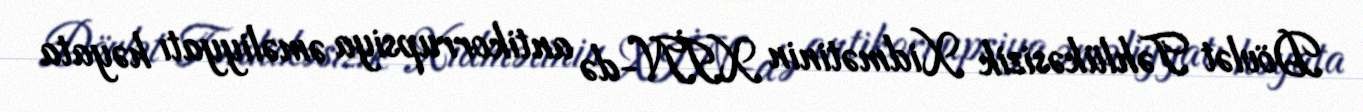
Dövlət Təhlükəsizik Xidmətinin XİN-də antikorrupsiya əməliyyatı həyata